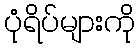
ပုံရိပ်များကို